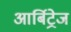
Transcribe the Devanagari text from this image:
आर्बिट्रेज